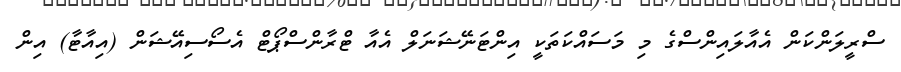
ސްރީލަންކަން އެއާލައިންސްގެ މި މަސައްކަތަކީ އިންޓަނޭޝަނަލް އެއާ ޓްރާންސްޕޯޓް އެސޯސިއޭޝަން (އިއާޓާ) އިން